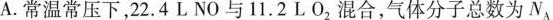
A.常温常压下，22.4L NO与11.2L0_{2}混合，气体分子总数为N_{A}